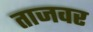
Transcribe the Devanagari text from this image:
ताजवर